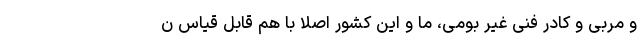
و مربی و کادر فنی غیر بومی، ما و این کشور اصلاً با هم قابل قیاس ن